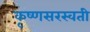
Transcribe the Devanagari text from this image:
कृष्णसरस्वती